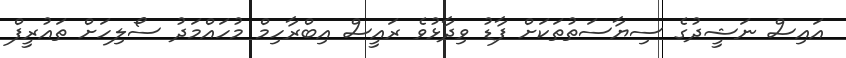
އައިސް ނަޝީދުގެ ސިޔާސަތުތަކަށް ފާޑު ވިދާޅުވެ ރައީސް އިބްރާހިމް މުހައްމަދު ސޯލިހަށް ތައުރީފް